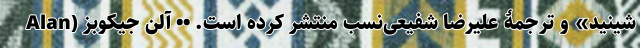
شینید» و ترجمۀ علیرضا شفیعی‌نسب منتشر کرده است. •• آلن جیکوبز (Alan